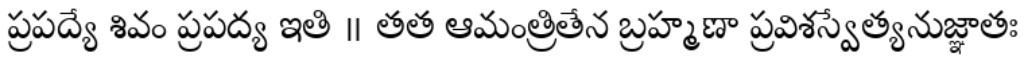
ప్రపద్యే శివం ప్రపద్య ఇతి ॥ తత ఆమంత్రితేన బ్రహ్మణా ప్రవిశస్వేత్యనుజ్ఞాతః